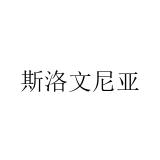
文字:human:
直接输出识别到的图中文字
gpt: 斯洛文尼亚